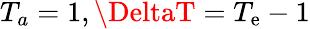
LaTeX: {T_{a}}=1,{\DeltaT}={T_{\mathrm{e}}}-1